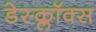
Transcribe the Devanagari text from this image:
डेस्क्लॉक्स